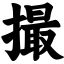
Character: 撮